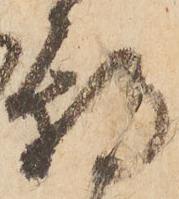
期